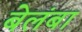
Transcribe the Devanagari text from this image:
बेलंबा